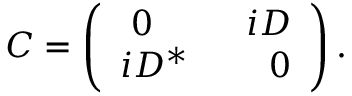
{ \cal C } = \left( \begin{array} { c } { { \ 0 \quad \ \ \ \ \ i D } } \\ { { i D ^ { * } \quad \ \ \ \ 0 } } \end{array} \right) .